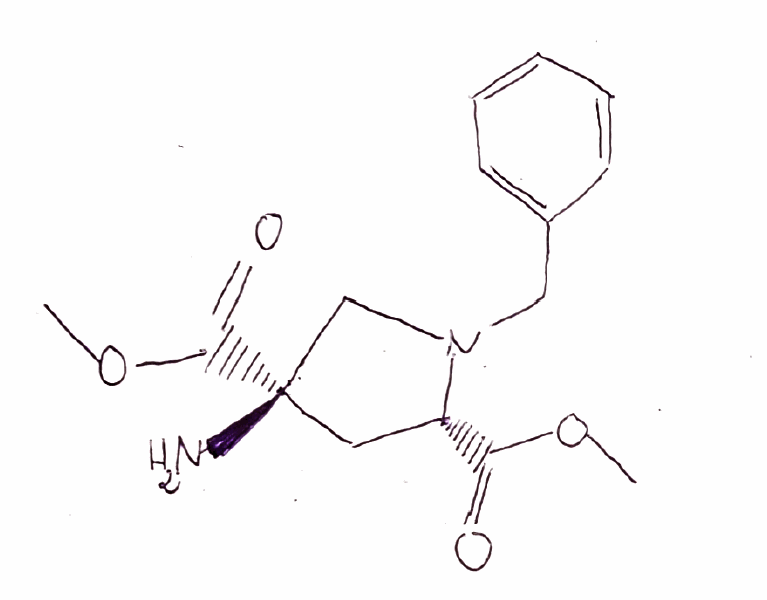
Simplified molecular-input line-entry system (SMILES) notation of the given molecule:
COC(=O)[C@@H]1C[C@@](CN1CC2=CC=CC=C2)(C(=O)OC)N